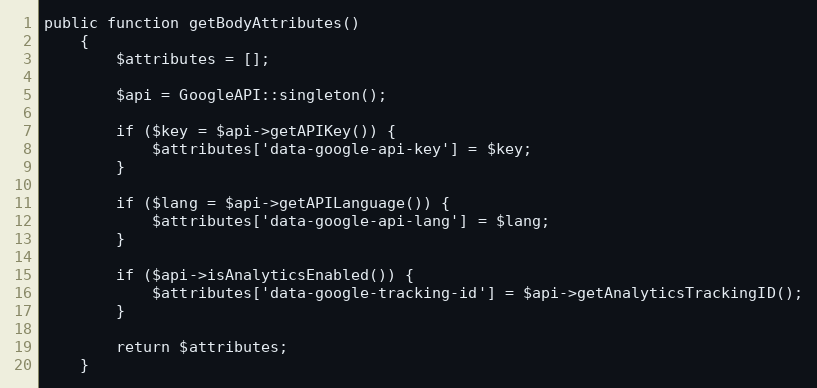
Language: PHP
public function getBodyAttributes()
    {
        $attributes = [];

        $api = GoogleAPI::singleton();

        if ($key = $api->getAPIKey()) {
            $attributes['data-google-api-key'] = $key;
        }

        if ($lang = $api->getAPILanguage()) {
            $attributes['data-google-api-lang'] = $lang;
        }

        if ($api->isAnalyticsEnabled()) {
            $attributes['data-google-tracking-id'] = $api->getAnalyticsTrackingID();
        }

        return $attributes;
    }